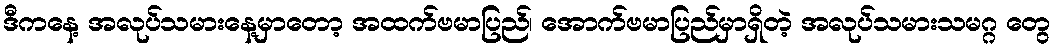
ဒီကနေ့ အလုပ်သမားနေ့မှာတော့ အထက်ဗမာပြည်၊ အောက်ဗမာပြည်မှာရှိတဲ့ အလုပ်သမားသမဂ္ဂ တွေ